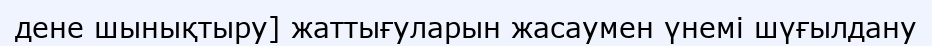
дене шынықтыру] жаттығуларын жасаумен үнемі шүғылдану